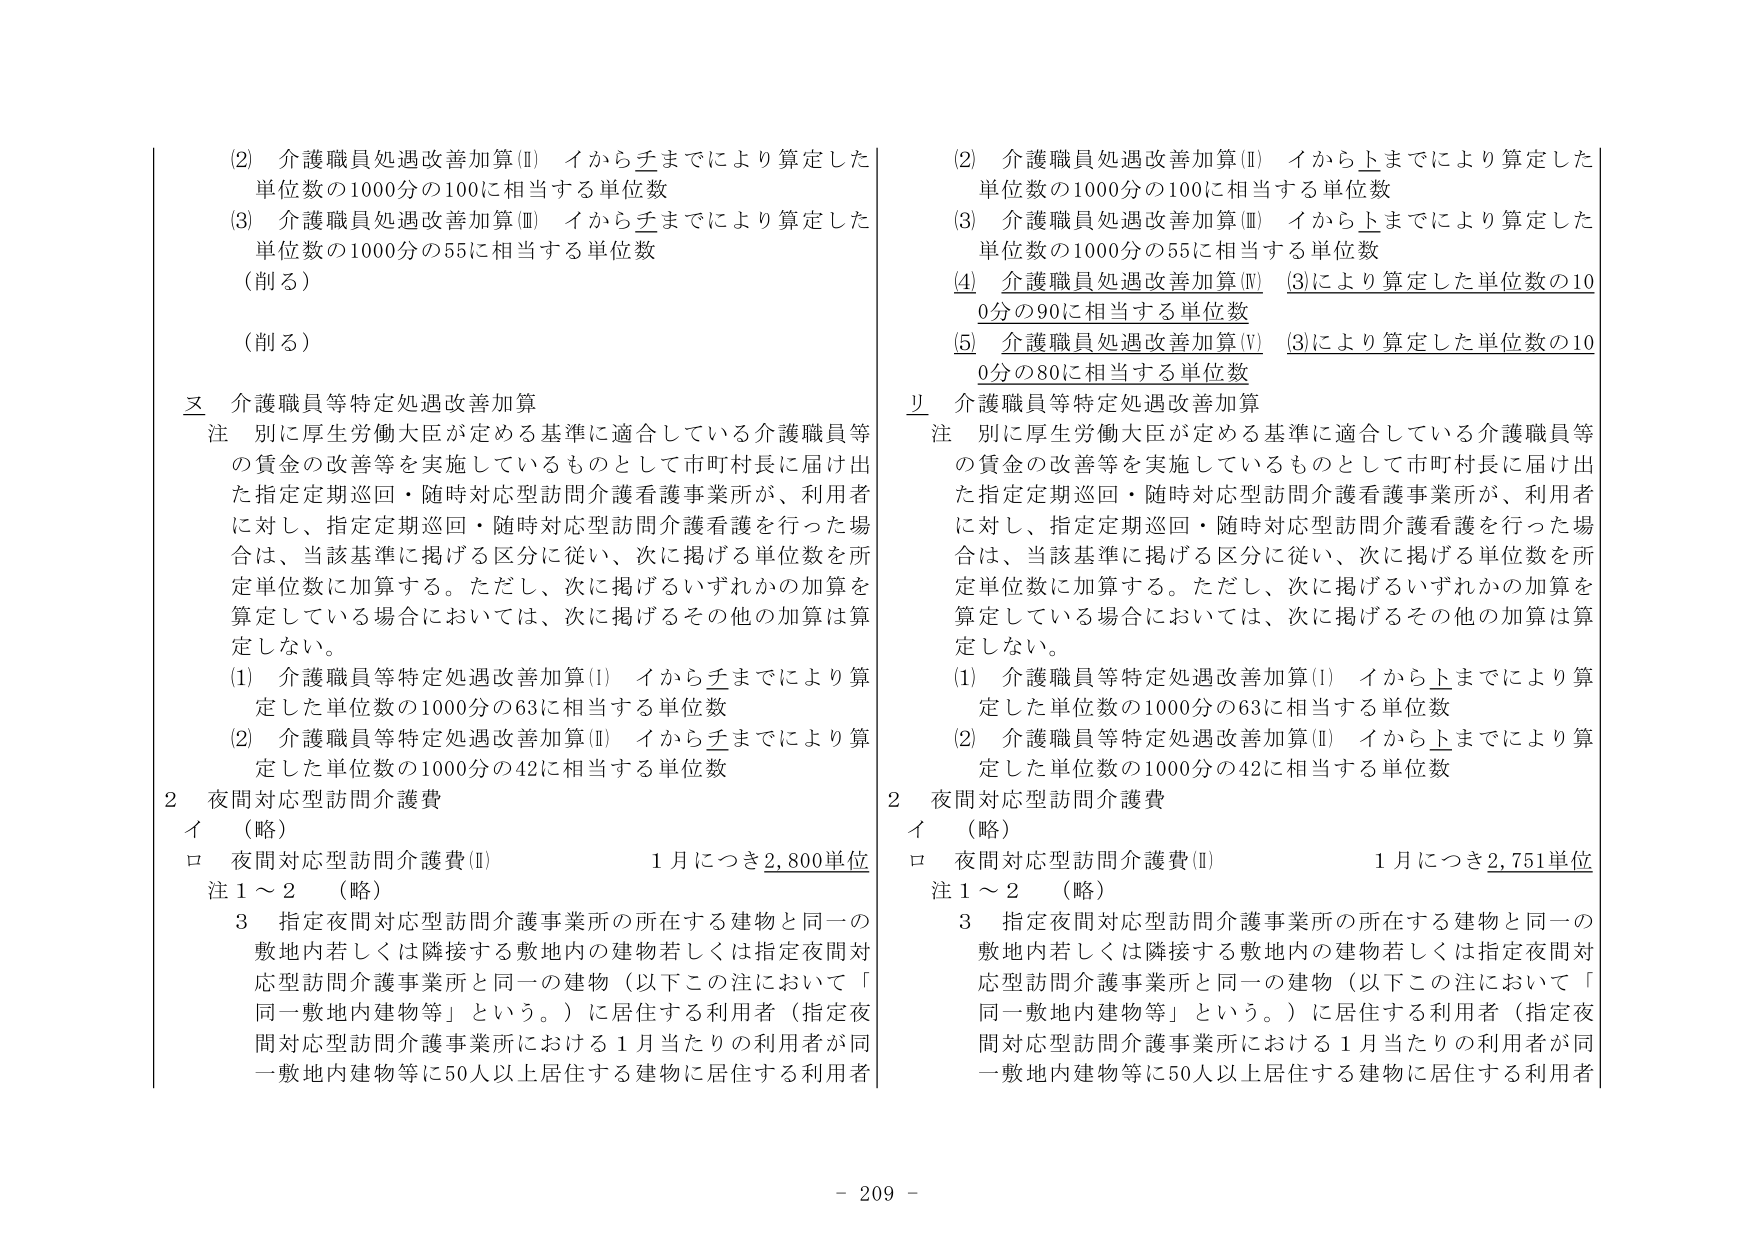
(2) 介護職員処遇改善加算(Ⅱ) イからチまでにより算定した単位数の1000分の100に相当する単位数
(3) 介護職員処遇改善加算(Ⅲ) イからチまでにより算定した単位数の1000分の55に相当する単位数
（削る）
（削る）

ヌ 介護職員等特定処遇改善加算
注 別に厚生労働大臣が定める基準に適合している介護職員等の賃金の改善等を実施しているものとして市町村長に届け出た指定定期巡回・随時対応型訪問介護看護事業所が、利用者に対し、指定定期巡回・随時対応型訪問介護看護を行った場合は、当該基準に掲げる区分に従い、次に掲げる単位数を所定単位数に加算する。ただし、次に掲げるいずれかの加算を算定している場合においては、次に掲げるその他の加算は算定しない。
(1) 介護職員等特定処遇改善加算(Ⅰ) イからチまでにより算定した単位数の1000分の63に相当する単位数
(2) 介護職員等特定処遇改善加算(Ⅱ) イからチまでにより算定した単位数の1000分の42に相当する単位数

2 夜間対応型訪問介護費
イ （略）
ロ 夜間対応型訪問介護費(Ⅱ) 1月につき2,800単位
注1～2 （略）
3 指定夜間対応型訪問介護事業所の所在する建物と同一の敷地内若しくは隣接する敷地内の建物若しくは指定夜間対応型訪問介護事業所と同一の建物（以下この注において「同一敷地内建物等」という。）に居住する利用者（指定夜間対応型訪問介護事業所における1月当たりの利用者が同一敷地内建物等に50人以上居住する建物に居住する利用者

(2) 介護職員処遇改善加算(Ⅱ) イから上までにより算定した単位数の1000分の100に相当する単位数
(3) 介護職員処遇改善加算(Ⅲ) イから上までにより算定した単位数の1000分の55に相当する単位数
(4) 介護職員処遇改善加算(Ⅳ) (3)により算定した単位数の100分の90に相当する単位数
(5) 介護職員処遇改善加算(Ⅴ) (3)により算定した単位数の100分の80に相当する単位数

リ 介護職員等特定処遇改善加算
注 別に厚生労働大臣が定める基準に適合している介護職員等の賃金の改善等を実施しているものとして市町村長に届け出た指定定期巡回・随時対応型訪問介護看護事業所が、利用者に対し、指定定期巡回・随時対応型訪問介護看護を行った場合は、当該基準に掲げる区分に従い、次に掲げる単位数を所定単位数に加算する。ただし、次に掲げるいずれかの加算を算定している場合においては、次に掲げるその他の加算は算定しない。
(1) 介護職員等特定処遇改善加算(Ⅰ) イから上までにより算定した単位数の1000分の63に相当する単位数
(2) 介護職員等特定処遇改善加算(Ⅱ) イから上までにより算定した単位数の1000分の42に相当する単位数

2 夜間対応型訪問介護費
イ （略）
ロ 夜間対応型訪問介護費(Ⅱ) 1月につき2,751単位
注1～2 （略）
3 指定夜間対応型訪問介護事業所の所在する建物と同一の敷地内若しくは隣接する敷地内の建物若しくは指定夜間対応型訪問介護事業所と同一の建物（以下この注において「同一敷地内建物等」という。）に居住する利用者（指定夜間対応型訪問介護事業所における1月当たりの利用者が同一敷地内建物等に50人以上居住する建物に居住する利用者

- 209 -